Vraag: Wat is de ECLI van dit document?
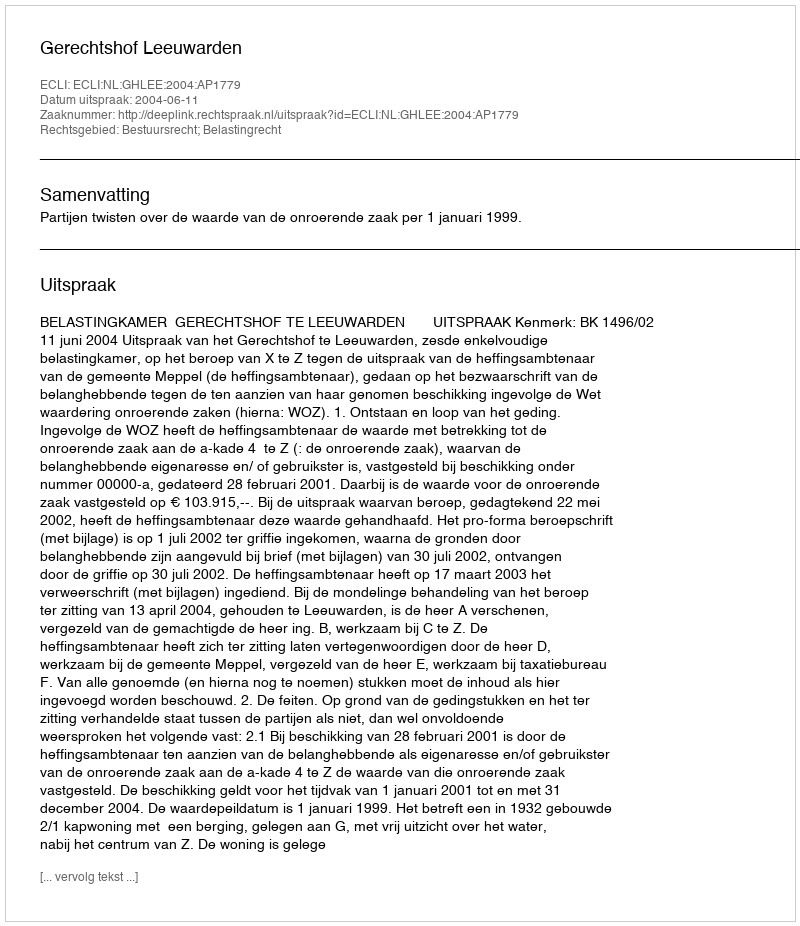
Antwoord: ECLI:NL:GHLEE:2004:AP1779